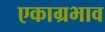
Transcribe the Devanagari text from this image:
एकाग्रभाव